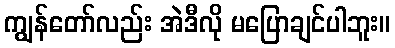
ကျွန်တော်လည်း အဲဒီလို မပြောချင်ပါဘူး။